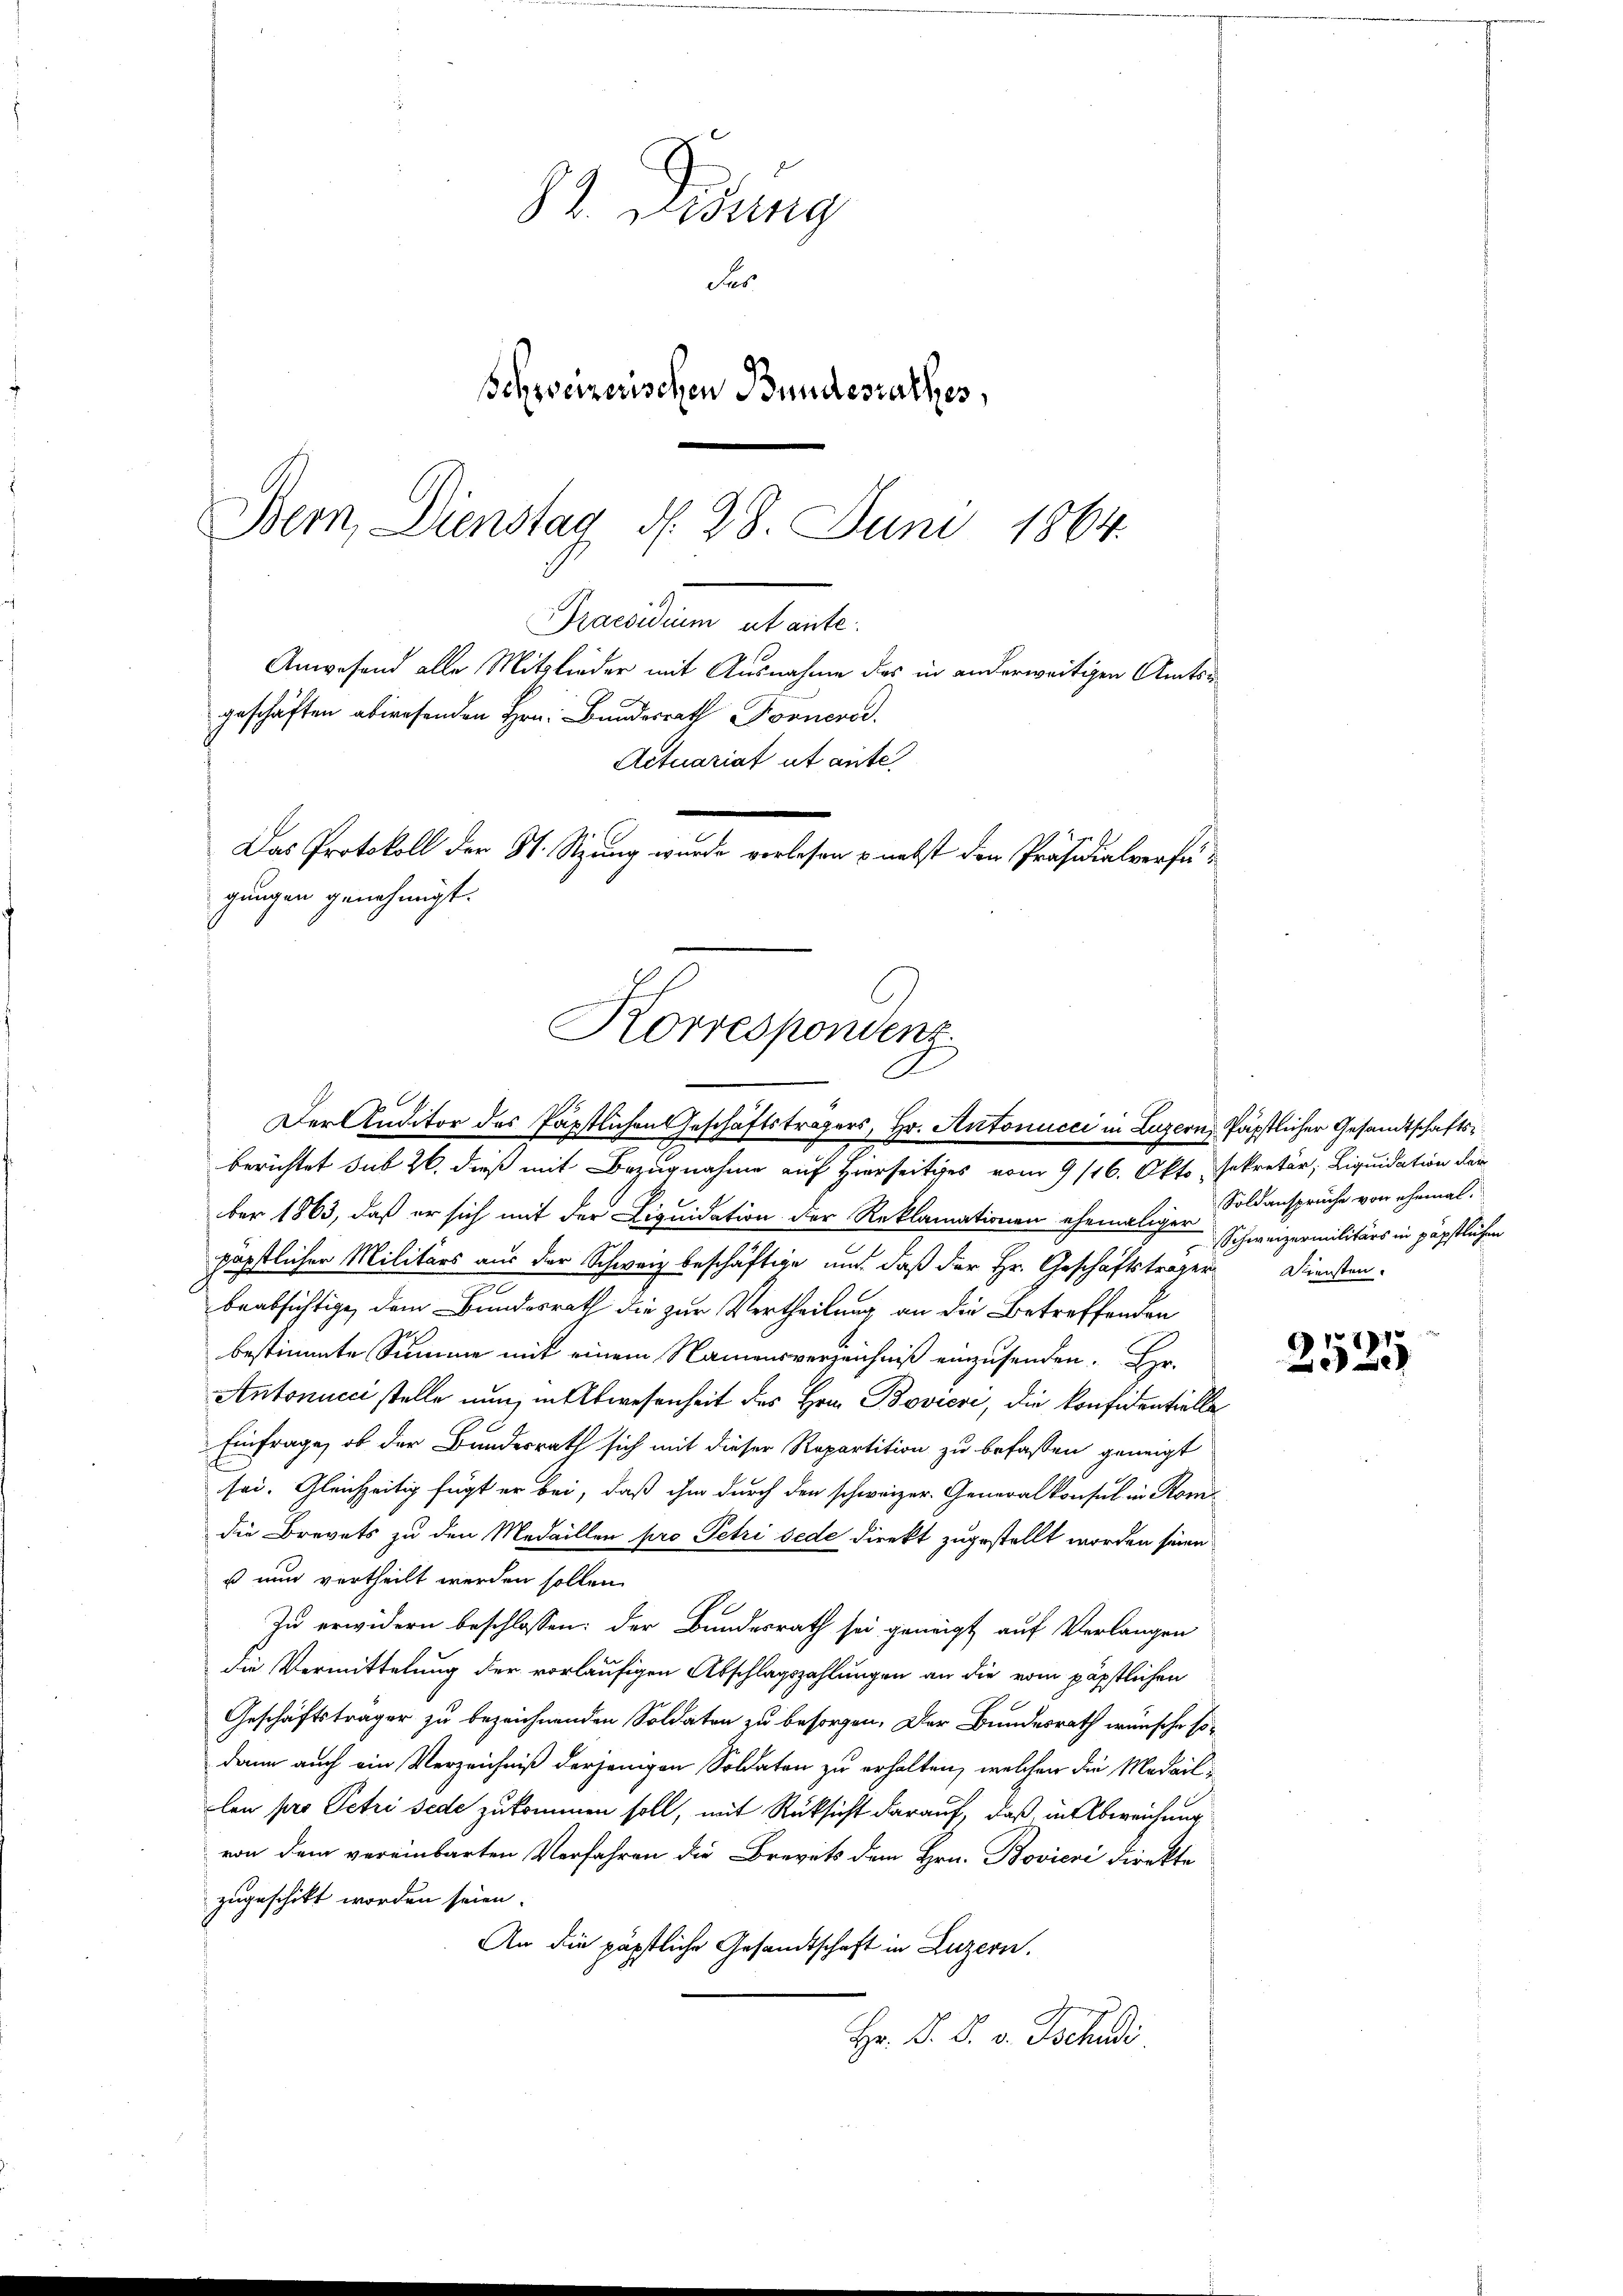
Praesidium ut ante.
geschäften abwesenden Hrn. Bundesrath Donnere.
Das Protokoll der St. Sitzung wurde verlesen u. nebst den Präsidialverfügungen genehmigt.
Korrespondenz
A.
.
Der Anditor des Päpstlichen Geschäftsträgers, Hr. Antonicci in Luzern, Päpstlicher Gesandtschaftsberichtet sub 26. dieß mit Bezugnahme auf Hierseitiges vom 9/16. Okto Sekretär, Liquidation der

J. Fidung
des
Schweizerischen Bundesrathes,
Bern, Dienstag d. 28. Juni 1864.

Anwesend alle Mitglieder mit Ausnahme des in anderweitigen Amts¬
Actuariat ut ante

ber 1863, daß er sich mit der Liquidation der Reklamationen ehemaliger Schweizermilitärs in päpstlichen
päpstlicher Militärs aus der Schweiz beschäftige und daß der Hr. Geschäftsträger Diensten.
beabsichtige, dem Bundesrath die zur Vertheilung an die Betreffenden
bestimmte Summe mit einem Namensverzeichniß einzusenden. Hr.
Antonucci stelle nun, in Abwesenheit des Hrn. Bovicri, die konfidentielle
Einfrage, ob der Bundesrath sich mit dieser Repartition zu befassen geneigt
sei. Gleichzeitig fügt er bei, daß ihm durch den schweizer. Generalkonsul in Kons
die Brevets zu den Medaillen pro Petri jede direkt zugestellt worden seinen
s nun vertheilt werden sollen.
Zu erwidern beschlossen: der Bundesrath sei geneigt auf Verlangen
die Vermittelung der vorläufigen Abschlagszahlungen an die vom päpstlichen
Geschäftsträger zu bezeichnenden Soldaten zu besorgen. Der Bundesrath wünsche sodann auch ein Verzeichniß derjenigen Soldaten zu erhalten, welchen die Medail-
lon pro Petri jede zukommen soll, mit Rücksicht darauf, daß, in Abweichung
von dem vereinbarten Verfahren die Brevets dem Hrn. Bovicri direkte
zugeschikt worden seien.
An die päpstliche Gesandtschaft in Luzern.
Hr. D. R. v. Bochsl

Soldansprüche von ehemal.

2525